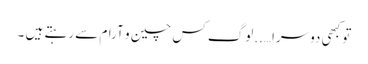
تو کبھی دوسرا…..لوگ کس چین و آرام سے رہتے ہیں ۔